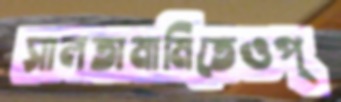
সালতামামিতেওপ্